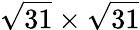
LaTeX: {\sqrt{31}}\times{\sqrt{31}}